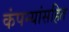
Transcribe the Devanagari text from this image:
कंपन्यांसहित